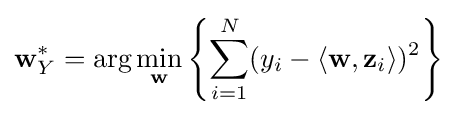
\mathbf {w} _{Y}^{*}=\arg \min _{\mathbf {w} }\left\{\sum _{i=1}^{N}(y_{i}-\langle \mathbf {w} ,\mathbf {z} _{i}\rangle )^{2}\right\}